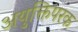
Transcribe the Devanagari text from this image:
अयुक्तिपरक